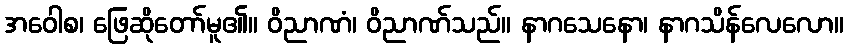
အဝေါစ၊ ဖြေဆိုတော်မူ၏။ ဝိညာဏံ၊ ဝိညာဏ်သည်။ နာဂသေနော၊ နာဂသိန်လေလော။